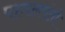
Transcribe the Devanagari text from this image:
पागलपंती